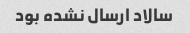
سالاد ارسال نشده بود